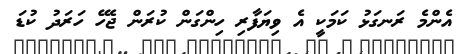
އެންމެ ރަނގަޅު ކަމަކީ އެ ވިޔަފާރި ހިންގަން ކުރަން ޖެހޭ ހަރަދު ކުޑަ